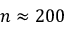
n \approx 2 0 0